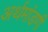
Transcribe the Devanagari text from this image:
अर्थमांडणी